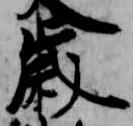
歳